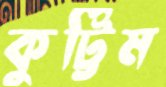
কুট্টিম